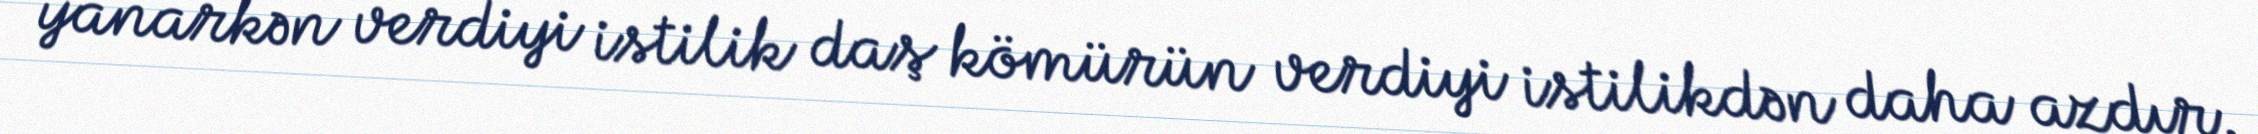
yanarkən verdiyi istilik daş kömürün verdiyi istilikdən daha azdır.